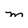
Character: m